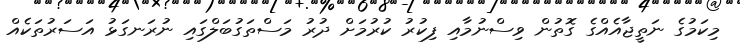
މިކަމުގެ ނަތީޖާއެއްގެ ގޮތުން ވިސްނުމާއި ފިކުރު ކުރުމަށް ދުރު މަސްތަގުބަލްގައި ނުރަނގަޅު އަސަރުތަކެއް